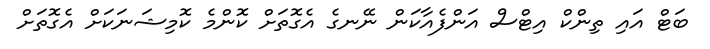
ބަޓް އައި ތިންކް އިޓްސް އަންފެއާކަން ނޭނގެ އެގޮތަށް ކޮންމެ ކޮމިޝަނަކަށް އެގޮތަށް